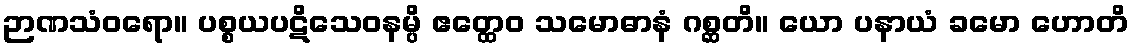
ဉာဏသံဝရော။ ပစ္စယပဋိသေဝနမ္ပိ ဧတ္ထေဝ သမောဓာနံ ဂစ္ဆတိ။ ယော ပနာယံ ခမော ဟောတိ